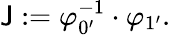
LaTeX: \mathsf{J}:=\varphi_{0^{\prime}}^{-1}\cdot\varphi_{1^{\prime}}.